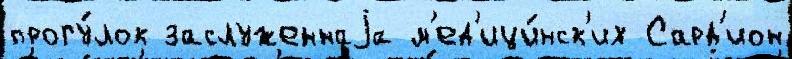
прогу́лок заслуженнаjа м'ед'ици́нск'их Сард'ион